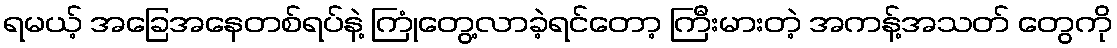
ရမယ့် အခြေအနေတစ်ရပ်နဲ့ ကြုံတွေ့လာခဲ့ရင်တော့ ကြီးမားတဲ့ အကန့်အသတ် တွေကို